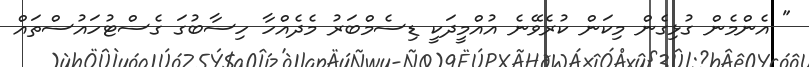
" އެންމެން ގުޅިގެން މިކަން ކުރެވޭނެ އުއްމީދަކީ ޑިސެމްބަރު މެދެއްހާ ހިސާބުގަ ގެސްޓުހައުސްތައް